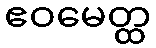
ဧဝမေတ္ထ